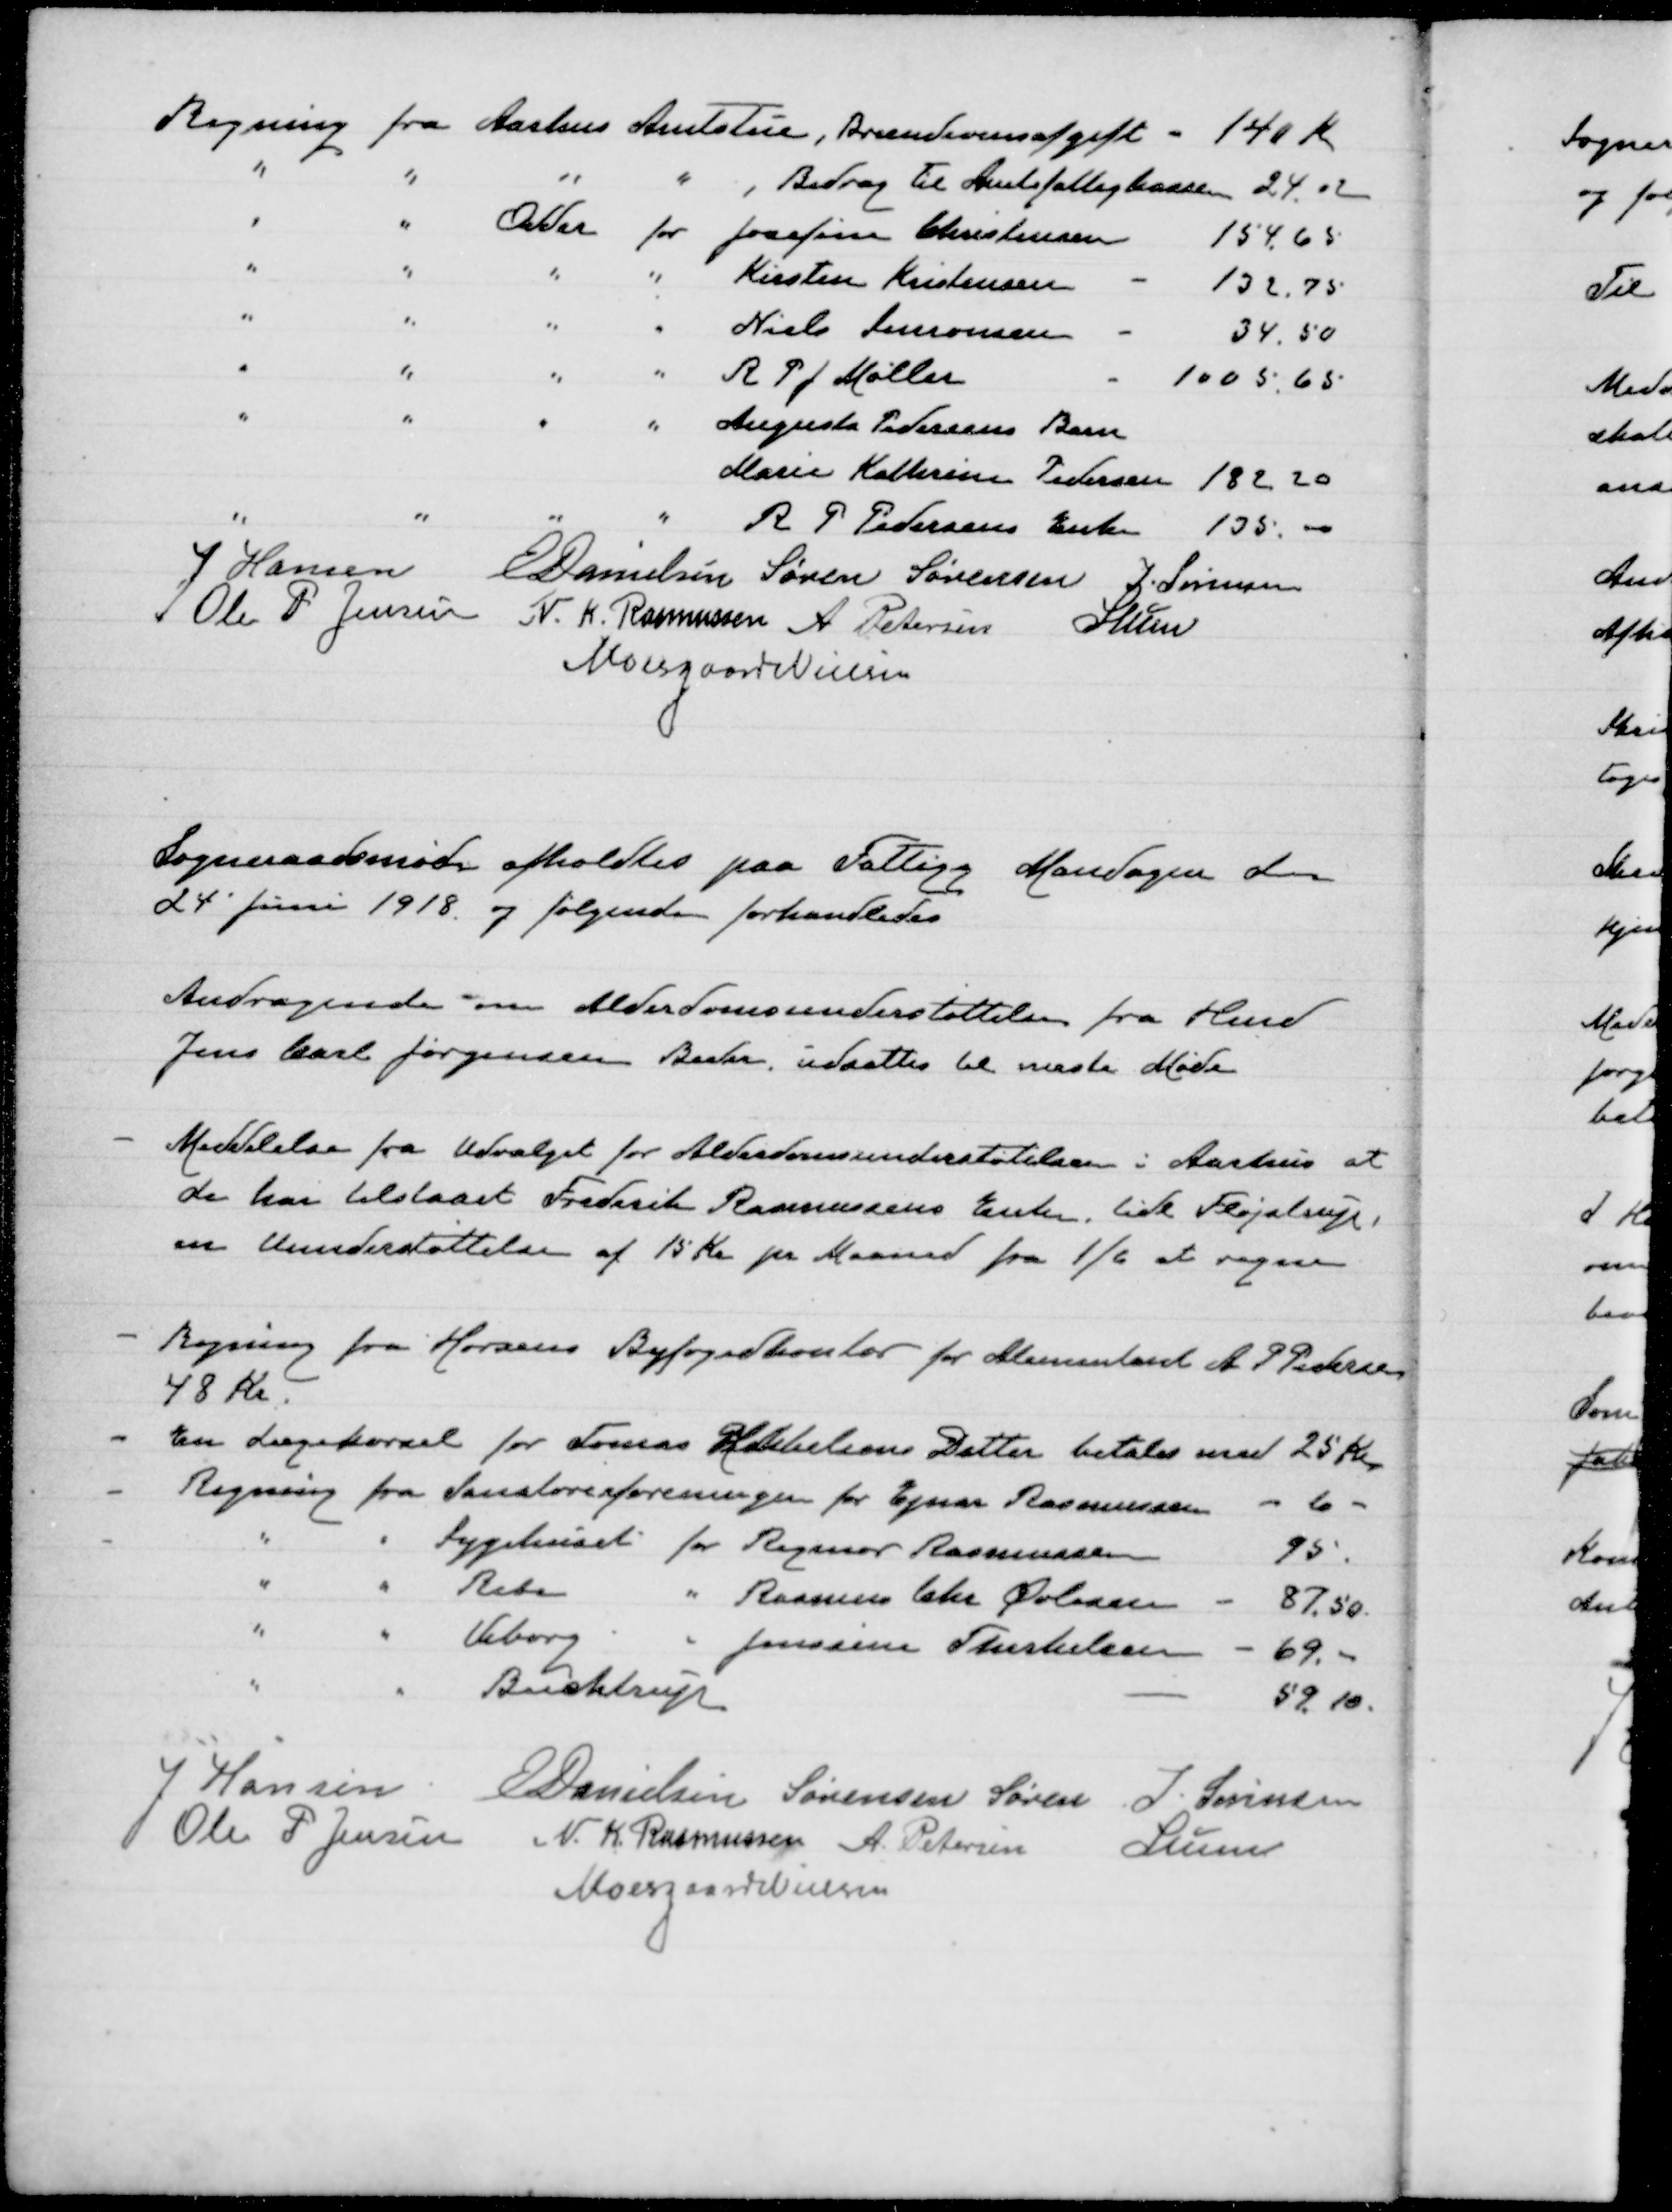
Transskription:
J Hansen
E Danielsen
Søren Sørensen
J Sørensen
Ole P Jensen
N. K. Rasmussen
A Petersen
P Lunn
Moesgaard Nielsen

Sogneraadsmøde afholdtes paa Fattigg Mandagen d.
24' juni 1918 og følgende forhandledes

Andragende om Alderdomsunderstøttelse fra Hmd
Jens Carl Jørgensen Beder. udsattes til næste Møde

Meddelelse fra udvalget for Alderdomsunderstøtelse i Aarhus at
de har tilstaaet Frederik Rasmussens Enke, tidl Fløjstrup,
en understøttelse af 15 Kr pr Maaned fra 1/6 at regne

Regning fra Horsens Byfogedkontor for Alimentant A P Pedersen
48 Kr

J Hansen
E Danielsen
Sørensen Søren
J. Sørensen
Ole P Jensen
N. K. Rasmussen
A Petersen
Lunn
Moesgaard Nielsen